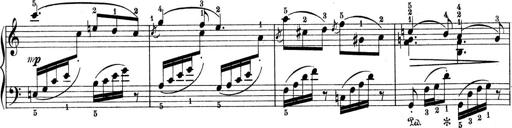
Title: 9 Sonatinen
Composer: Alexander Winterberger